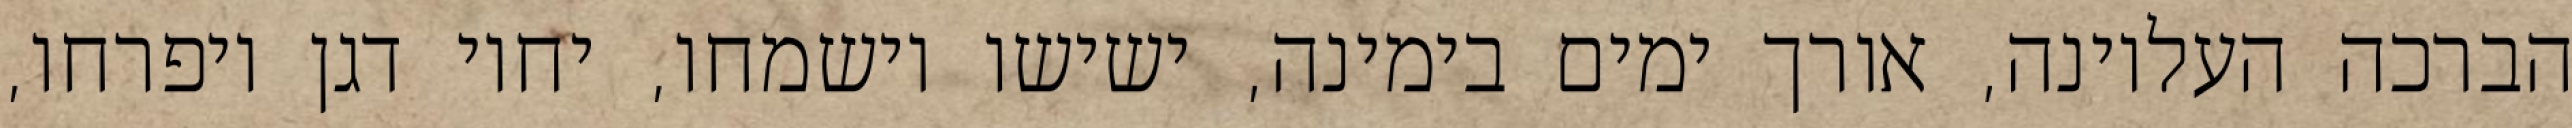
הברכה העליונה, אורך ימים בימינה, ישישו וישמחו, יחיו דגן ויפרחו,